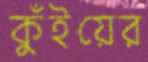
কুঁইয়ের